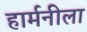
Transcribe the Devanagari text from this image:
हार्मनीला